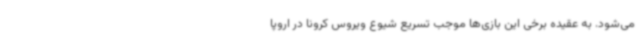
می‌شود. به عقیده برخی این بازی‌ها موجب تسریع شیوع ویروس کرونا در اروپا